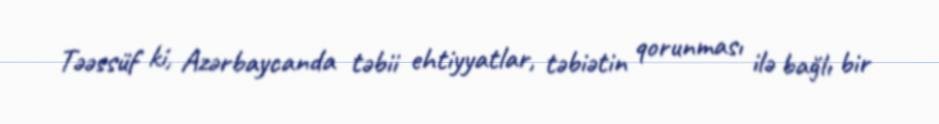
Təəssüf ki, Azərbaycanda təbii ehtiyyatlar, təbiətin qorunması ilə bağlı bir